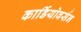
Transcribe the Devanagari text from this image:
कार्डियोवर्सन